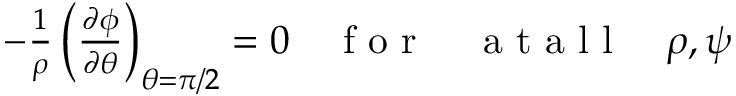
\begin{array} { r } { - \frac { 1 } { \rho } \left( \frac { \partial \phi } { \partial \theta } \right) _ { \theta = \pi / 2 } = 0 \quad \mathrm { ~ f ~ o ~ r ~ } \quad \mathrm { ~ a ~ t ~ a ~ l ~ l ~ } \quad \rho , \psi } \end{array}